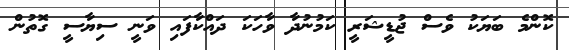
ކޮންމެ ބަޔަކު ވެސް ޖުޑީޝަރީ ކަމުނުދާ ވާހަކަ ދައްކާފައި ވަނީ ސިޔާސީ ގޮތުން